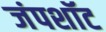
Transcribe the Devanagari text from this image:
जंपशॉट